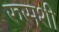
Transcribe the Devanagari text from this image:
रुसशी